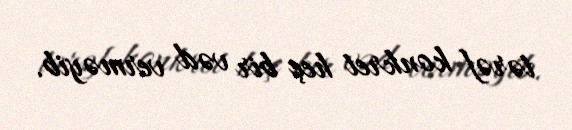
tərəf konkret heç bir vəd verməyib.